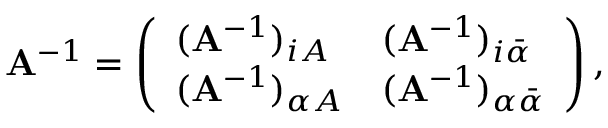
{ \bf A } ^ { - 1 } = \left( \begin{array} { l l } { ( { \bf A } ^ { - 1 } ) _ { i A } } & { ( { \bf A } ^ { - 1 } ) _ { i \bar { \alpha } } } \\ { ( { \bf A } ^ { - 1 } ) _ { \alpha A } } & { ( { \bf A } ^ { - 1 } ) _ { \alpha \bar { \alpha } } } \end{array} \right) ,